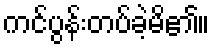
ကင်ပွန်းတပ်ခဲ့မိ၏။